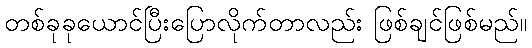
တစ်ခုခုယောင်ပြီးပြောလိုက်တာလည်း ဖြစ်ချင်ဖြစ်မည်။